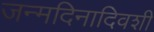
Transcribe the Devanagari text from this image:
जन्मदिनादिवशी